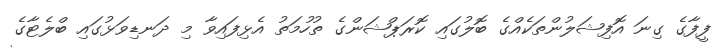
ފީފާގެ ގިނަ އޮފިޝަލުންތަކެއްގެ ބޮލުގައި ކޮރަޕްޝަންގެ ތުހުމަތު އެޅިފައިވާ މި ދަނޑިވަޅުގައި ބްލެޓާގެ